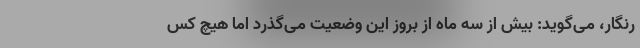
رنگار، می‌گوید: بیش از سه ماه از بروز این وضعیت می‌گذرد اما هیچ کس